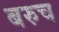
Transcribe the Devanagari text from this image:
बरुच